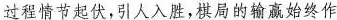
过程情节起伏，引人入胜，棋局的输赢始终作